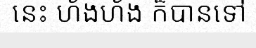
នេះ ហ័ងហ័ង ក៏បានទៅ